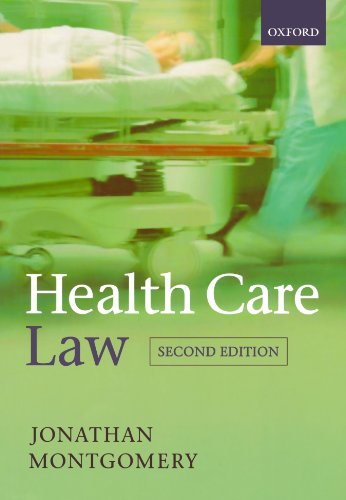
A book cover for Health Care Law; Jonathan Montgomery; Law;